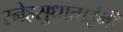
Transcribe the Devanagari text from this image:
स्नेहसुधाताईंनी